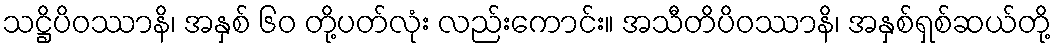
သဋ္ဌိပိဝဿာနိ၊ အနှစ် ၆၀ တို့ပတ်လုံး လည်းကောင်း။ အသီတိပိဝဿာနိ၊ အနှစ်ရှစ်ဆယ်တို့